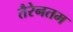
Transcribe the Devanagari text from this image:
तैरेनतम